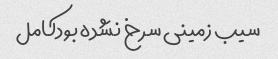
سیب زمینی سرخ نشده بود‌کامل